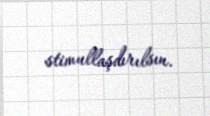
stimullaşdırılsın.